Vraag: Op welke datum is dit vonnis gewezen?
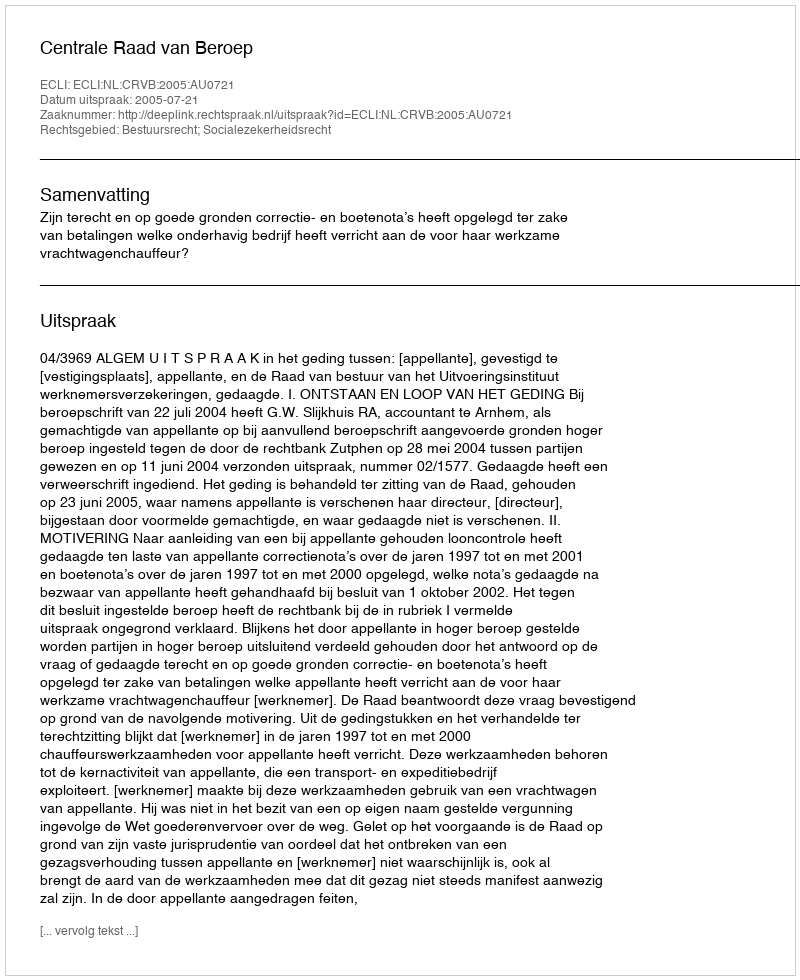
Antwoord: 2005-07-21